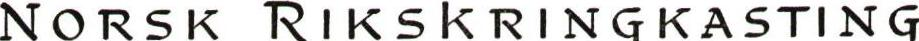
NORSK RIKSKRINGKASTING